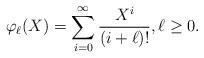
LaTeX: \begin{align*} \varphi_\ell(X) = \sum_{i=0}^{\infty} \frac{X^i}{(i+\ell)!}, \ell \geq 0. \end{align*}